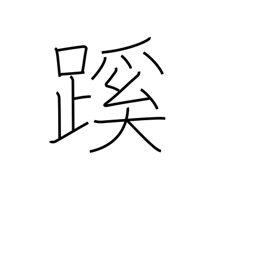
Meaning: path